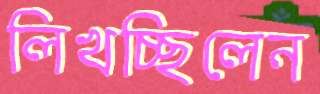
লিখচ্ছিলেন